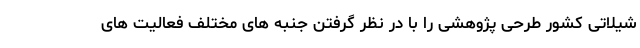
شیلاتی کشور طرحی پژوهشی را با در نظر گرفتن جنبه های مختلف فعالیت های